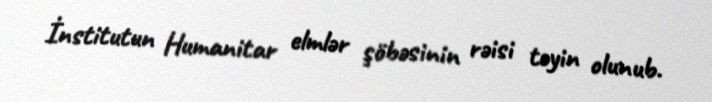
İnstitutun Humanitar elmlər şöbəsinin rəisi təyin olunub.